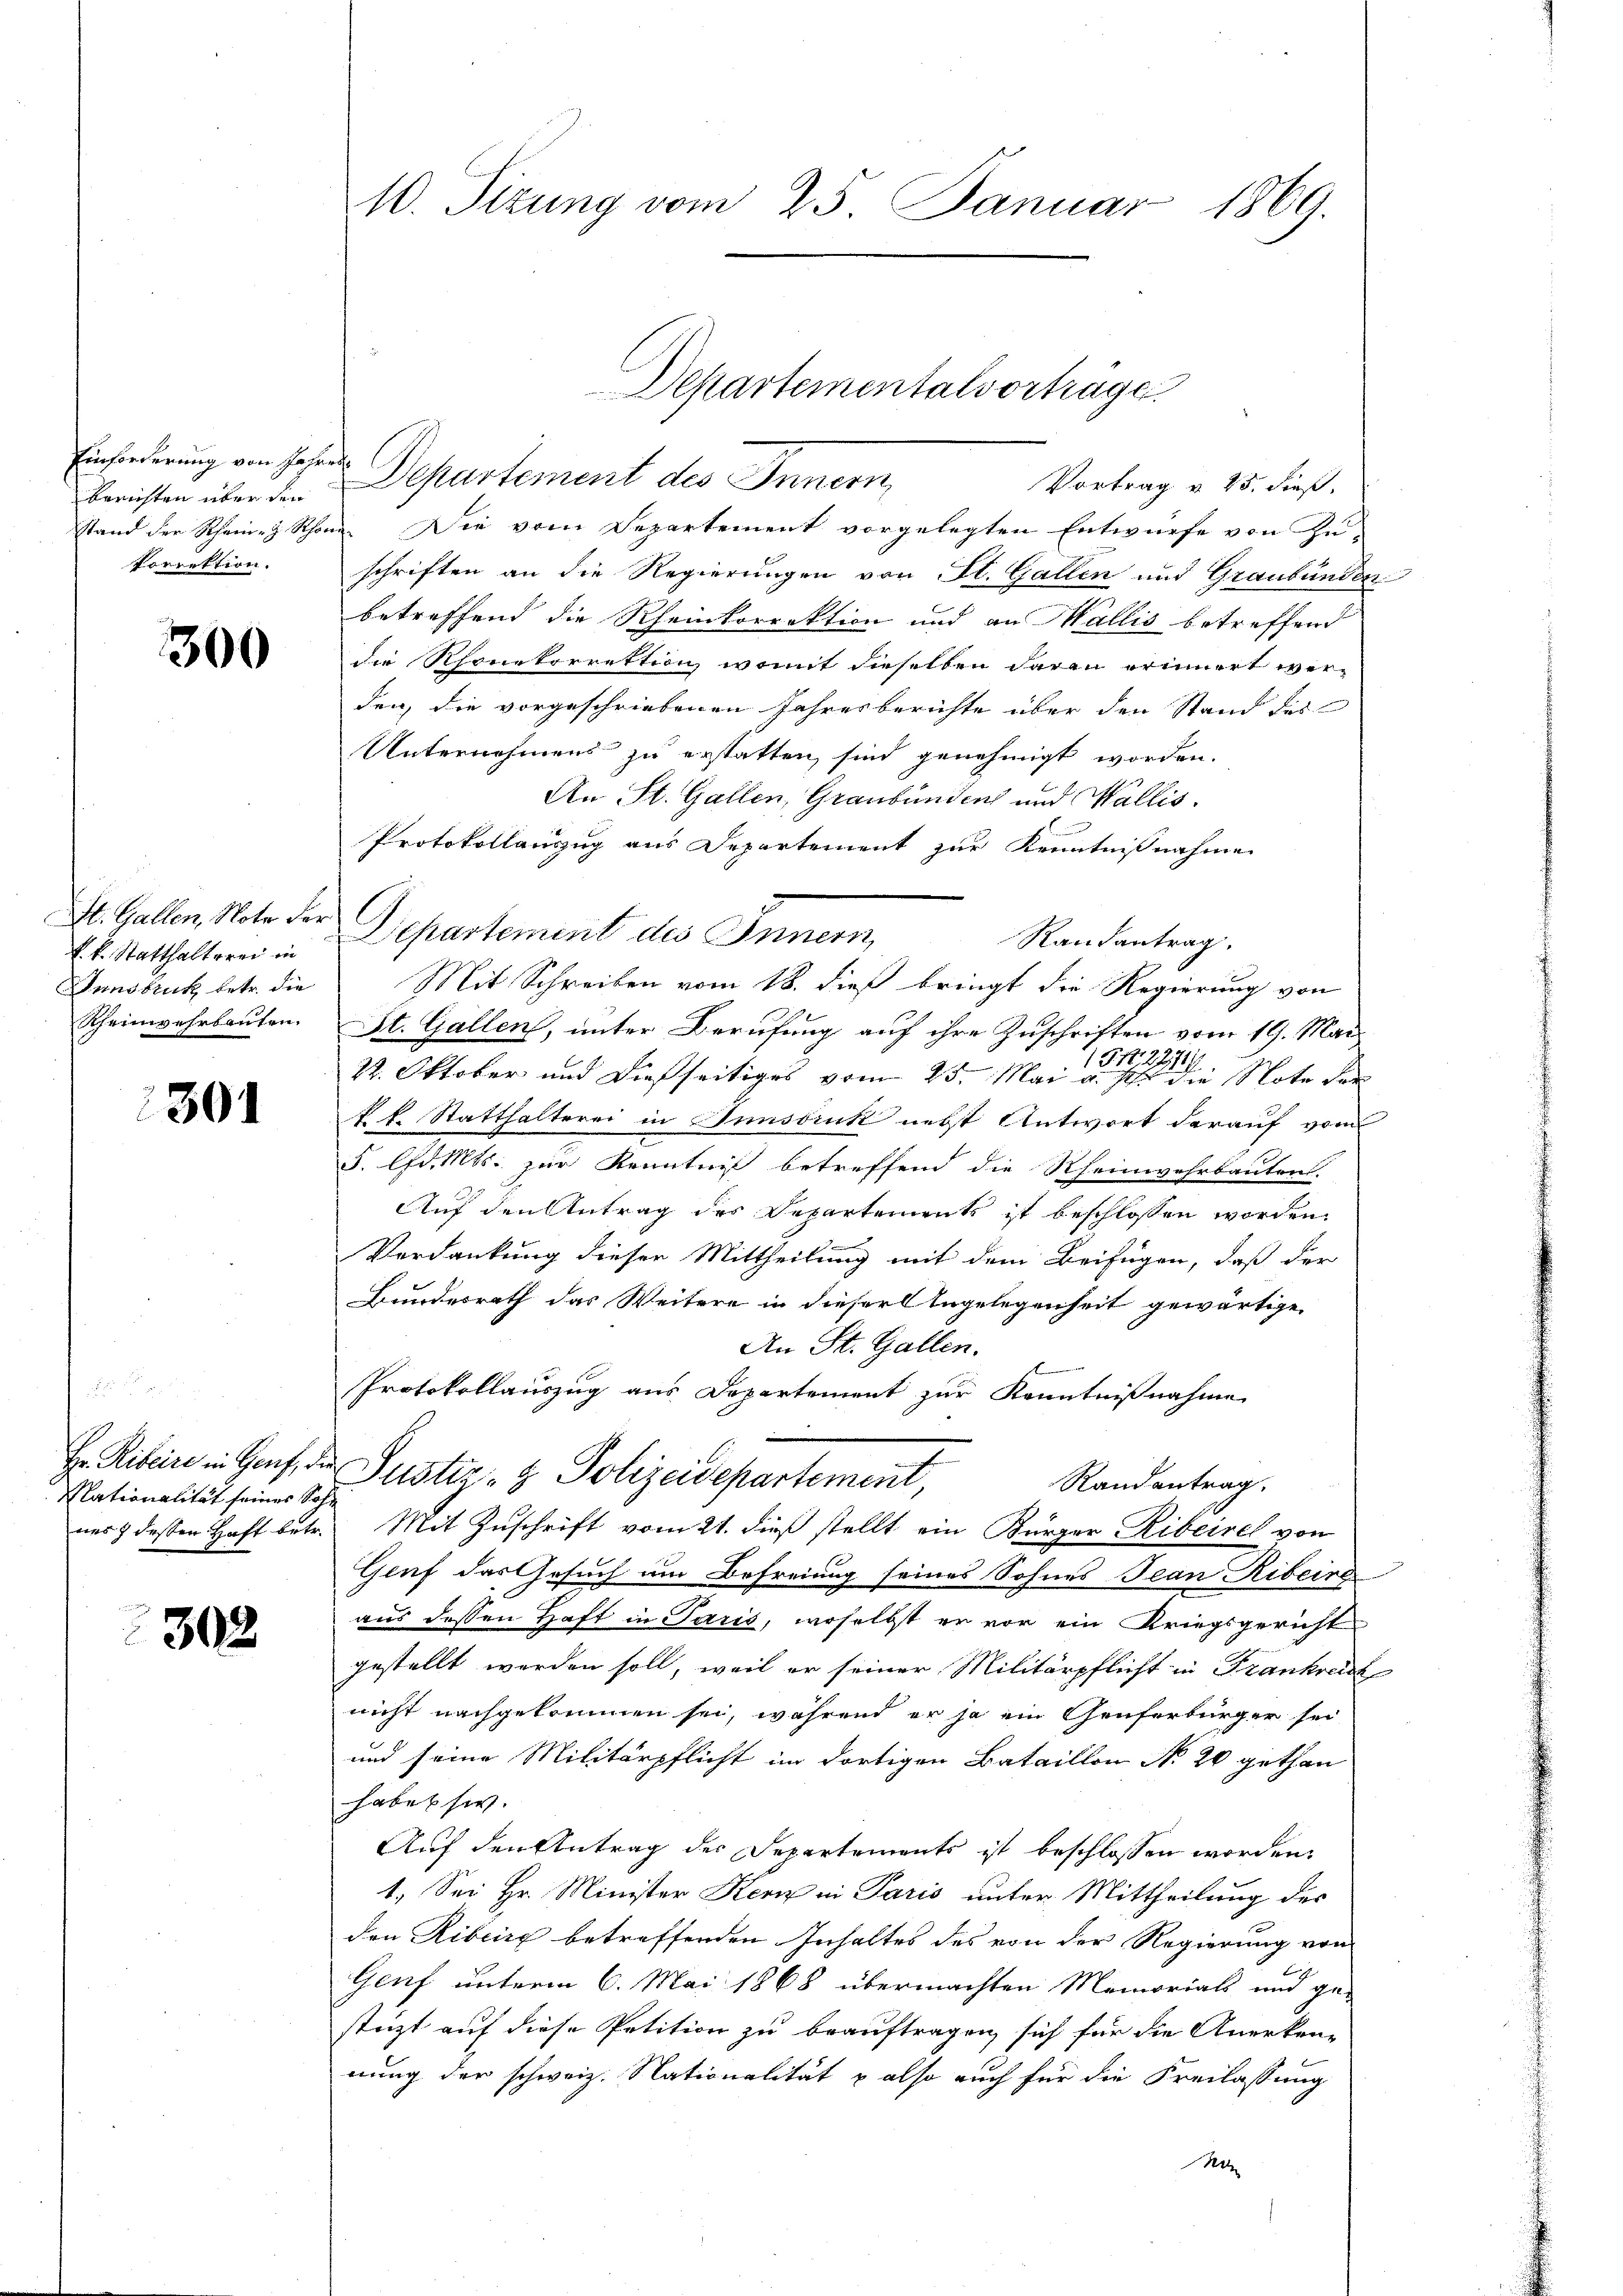
Einforderung von Jahre
Berichten über den
stand der Rheine Schon
korrektion.

300

k. k. Statthalterer in
Innsbruck betr. die
Rheinverbauten.

301

Hr. Ribeire in Genf, die
Nationalität seiner Sohnes dessen Haft betr.

302

10. Sizung vom 25. Januar 1869.

u. Die vom Separtement vorgelegten Entwürfe von Zu-
schriften an die Regierungen von St. Gallen und Graubünden
betreffend die Rheinkorrektion und an Wallis betreffend
die Rhonetorrektion, womit dieselben daran erinnert werden, die vorgeschriebenen Jahresberichte über den Stand des
Unternehmens zu erstatten sind genehmigt worden.
An St. Gallen, Graubünden und Wallis.
Protokollauszug aus Departement zur Kenntnißnahme
St. Gallen, Note vor Departement des Innern,
Randantrag.
Mit Schreiben vom 18. dieß bringt die Regierung von
St. Gallen, unter Berufung auf ihre Zuschriften vom 19. Mai
151. 227
22. Oktober und dießseitiges vom 25. Mai u. s. die Note der
k.k. Statthalterei in Innsbruk nebst Antwort darauf vom
5. lfd. Mts. zur Kenntniß betreffend die Rheinwehrbauten.
Auf den Antrag des Departements ist beschlossen worden,
Verdankung dieser Mittheilung mit dem Beifügen, daß der
Bundesrath das Weitere in dieser Angelegenheit gewärtige
An St. Gallen.
Protokollauszug aus Departement zur Kenntnißnahme
Justiz- & Polizeidepartement,
Randantrag,
Mit Zuschrift vom 21. dieß stellt ein Bürger Ribeirel von
Genf das Gesuch um Befreiung seines Sohnes Jean Ribeire
aus dessen Haft in Paris, woselbst er vor ein Kriegsgericht
gestellt werden soll, weil er seiner Militärpflicht in Frankrei
nicht nachgekommen sei, während er so ein Genferbürger sei
und seine Militärpflicht im dortigen Bataillon No 20 gethan
haben sey.
Auf den Antrag der Departements ist beschlossen worden,
1. Sei Hr. Minister Kern in Paris unter Mittheilung des
den Riberg betreffenden Inhaltes des von der Regierung von
Genf unterm 6. Mai 1868 übermachten Memorials und ge-
stüzt auf diese Petition zu beauftragen, sich für die Anerken-
nung der schweiz. Nationalität & also auch für die Freilassung
Non

Departementalvortrage.
Departement des Innern,
Vortrag u. 25. dieß.